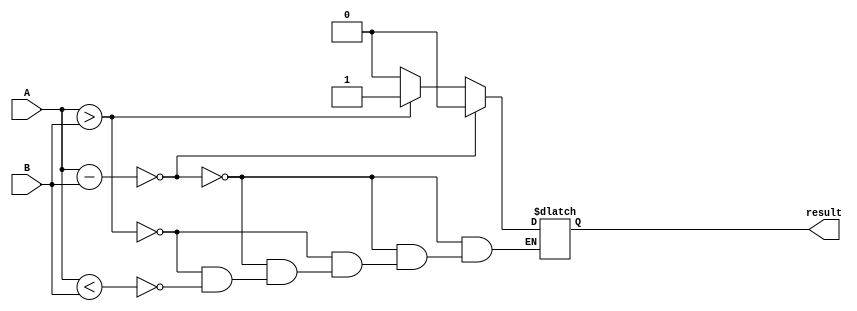
module comparator (
    input [15:0] A,
    input [15:0] B,
    output reg result
);

reg [15:0] differences;
wire [15:0] A_gt_B;
wire [15:0] A_lt_B;

assign A_gt_B = A > B;
assign A_lt_B = A < B;

always @* begin
    differences = A - B;
    if (differences == 16'b0) begin
        result = 1'b0; // A is equal to B
    end else if (A_gt_B == 16'b1) begin
        result = 1'b1; // A is greater than B
    end else if (A_lt_B == 16'b1) begin
        result = 1'b0; // A is less than B
    end
end

endmodule